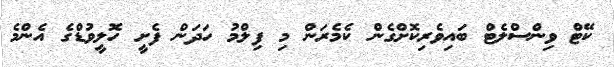
ކޭޓް ވިންސްލެޓް ބައިވެރިކޮށްގެން ކެމެރަން މި ފިލްމު ހަދަން ފެށީ ހޮލީވުޑްގެ އެންމެ